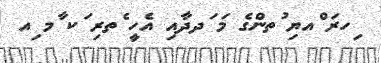
ިހރަ ްއޔި ުތންގެ މަ ަދދާއި އެހީ ެތރި ަކ ާމ ިއ